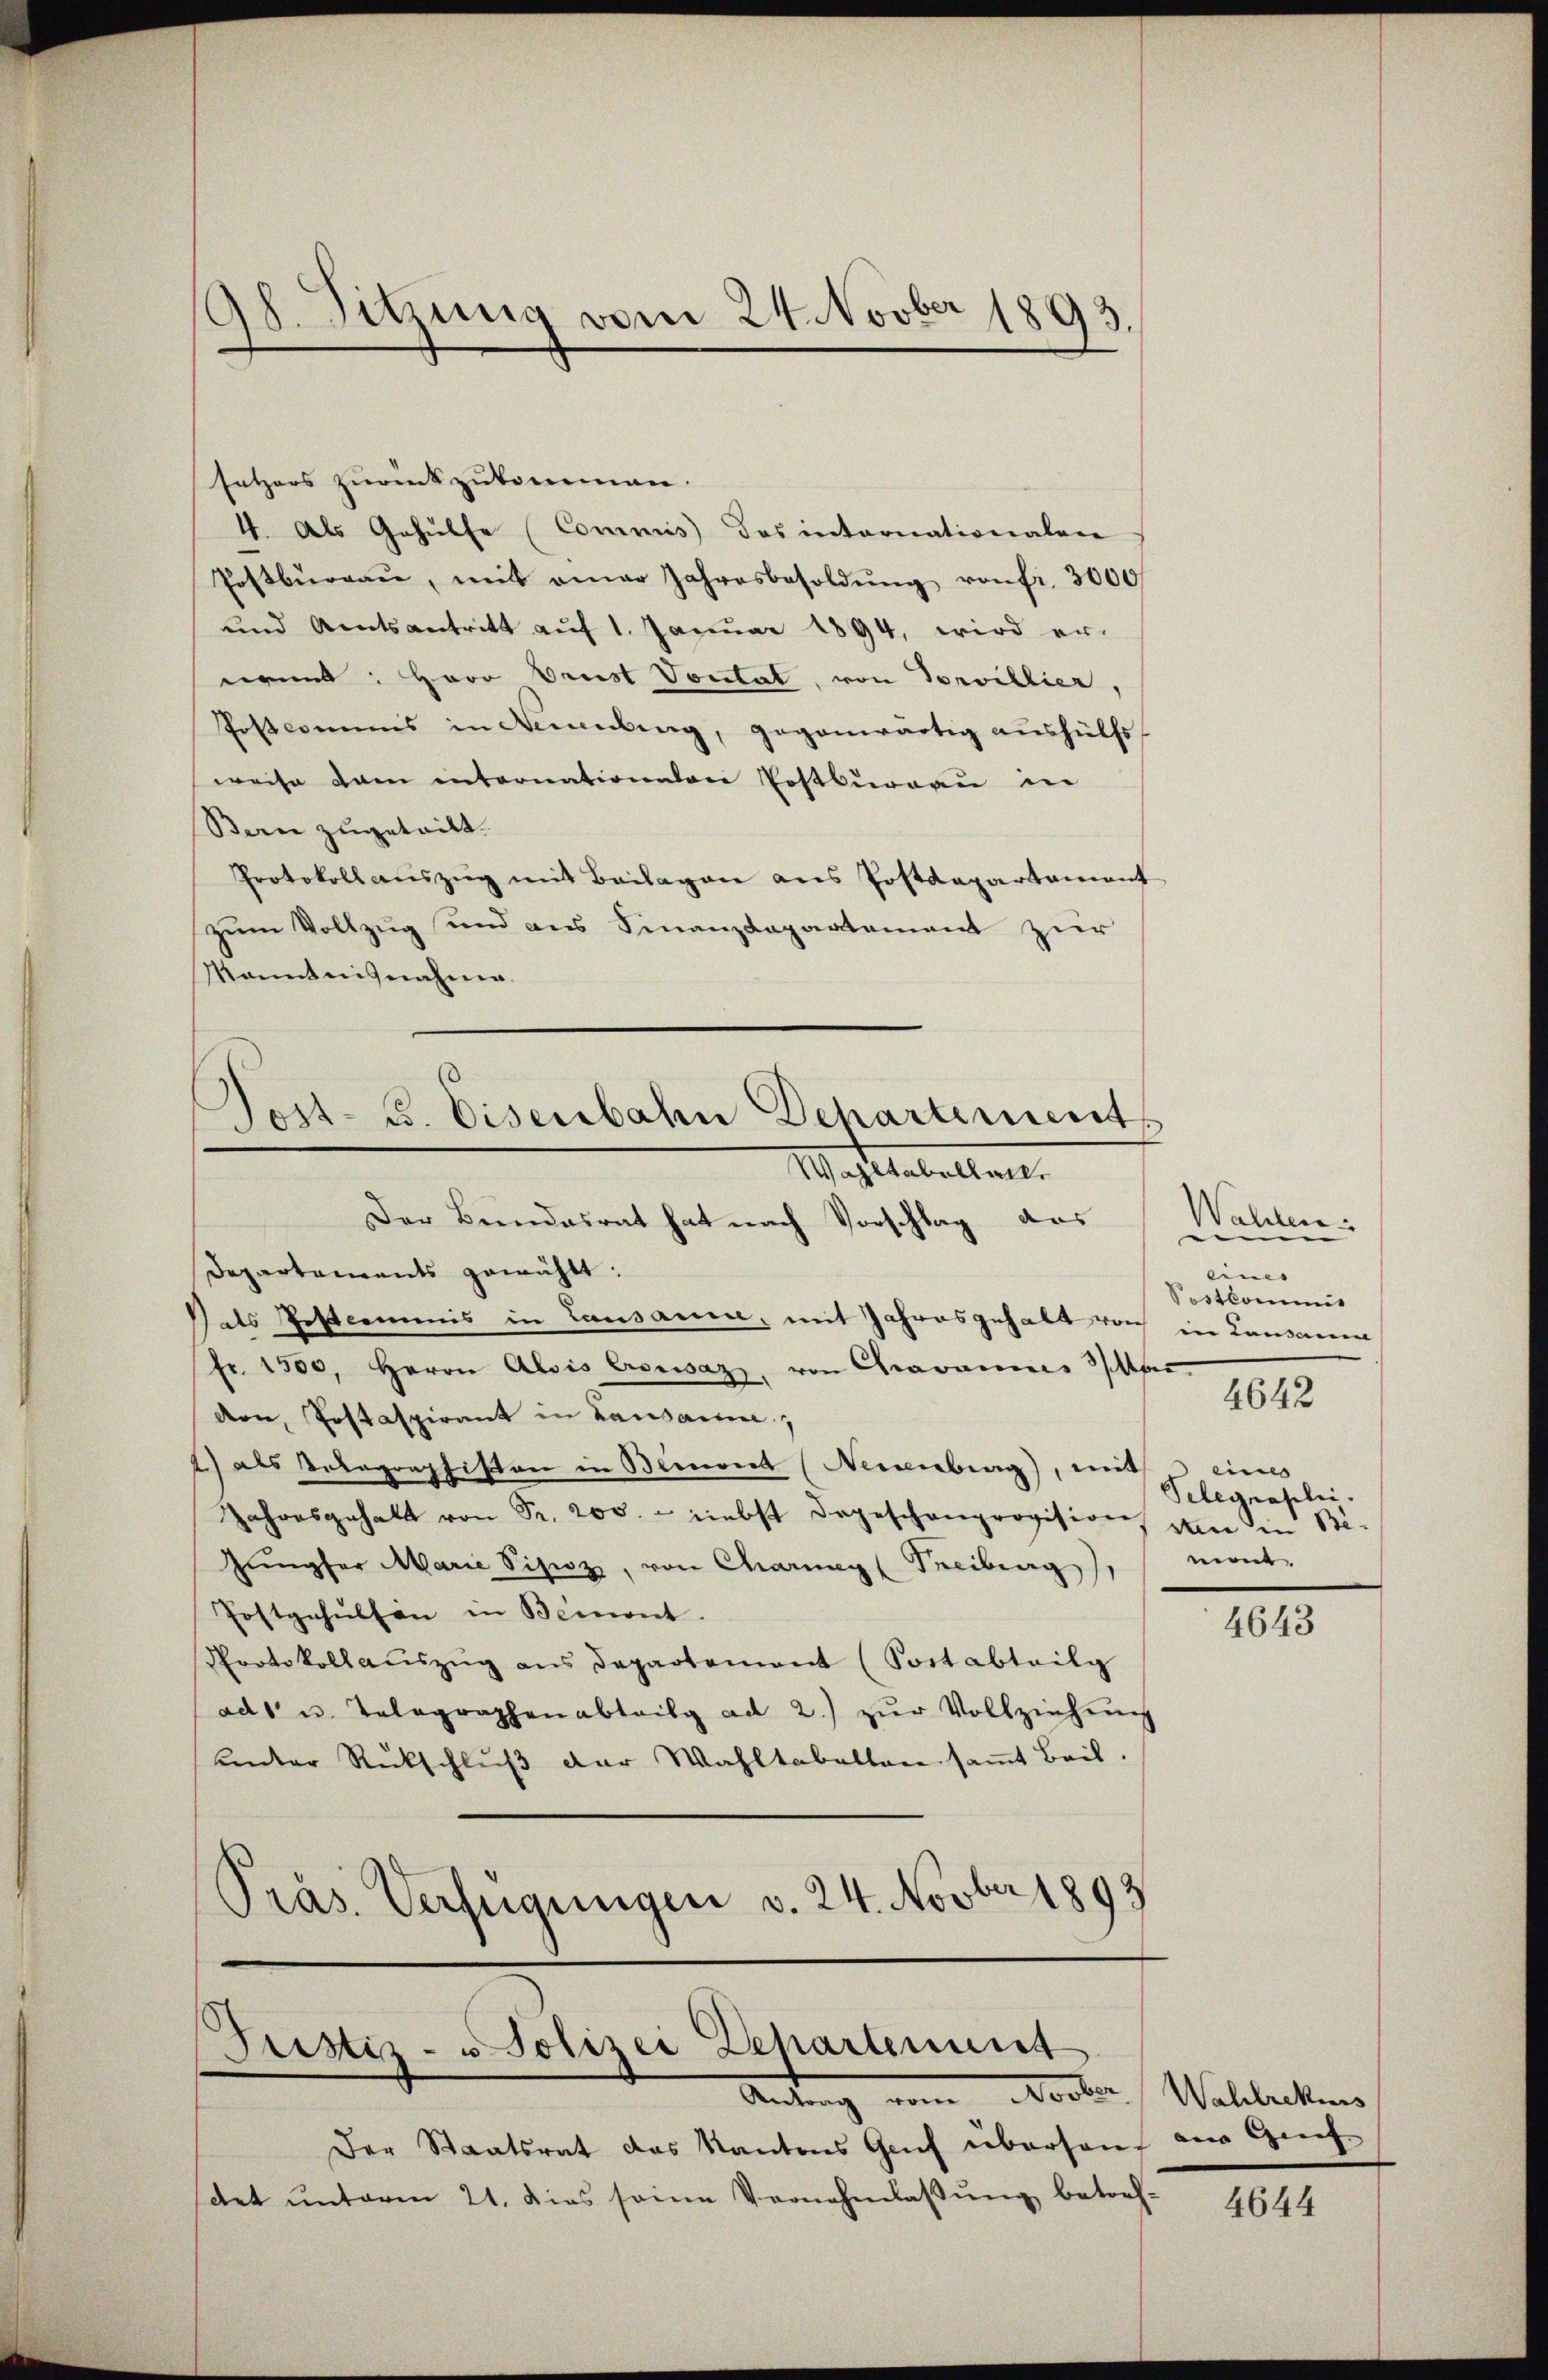
198. Sitzung vom 24. Novber 1893.

setzers zurückzukommen.
4. Als Gehülfe (Commis des internationalen
Postbüreaŭ, mit einer Jahresbesoldŭng von fr. 3000
und Amtsantritt auf 1. Januar 1894, wird er-
eerint: Herr Prust Vontat, von Torvillier,
Postcommis in Neuenburg, gegenwärtig aushülfs
weise dam internationalen Postkurgau in
Bern zugetritt.
Protokoll aŭszŭg mit Beilagen aus Postdepartament
zum Vollzug und aus Finanzdepartement zur
Manntnisnahme.
Wachstabellant
Der Beendesrat hat nach Vorschlag das
Departements gewählt:
als Postcommis in Lausanen, mit Jahresgehalt noch in Landaue
fr. 1500. Herrn Alois Crousaz, von Cravannes Mari
den, Postaspirant in Lausanne,
2) als Votagraphisten in Beinent (Neuenburg), mit eines
Jahresgehalt von Fr. 200. - Liebst dageschenprovision von in Be-
Zümpfer Marie Pipiz, von Charweg (Freiburg,
Postgehülfen in Bement.
Protokoll auszug aus Departement (Portabteilg
ad u. Telegraphenabteilg ad 2.) zŭr Vollziehŭng
unter Rückschlŭβ der Wahltabellen samt Beil.
Präs. Verfügungen v. 24. Novber 1893

¬
Post- u. Eisenbahn Departement

Justiz- u Polizei Departement
Antung vom Vorle

Der Staatsrat das Kantons Gruf übersauf der Gref-
satet unterm 21. Dies seine Vernehmlassung betref¬

Wahlen.
eines
Sostkommit
4642

Telegraphi
nen. |

4643

Wahlrekies

4644